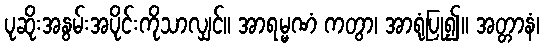
ပုဆိုးအနွမ်းအပိုင်းကိုသာလျှင်။ အာရမ္မဏံ ကတွာ၊ အာရုံပြု၍။ အတ္တာနံ၊